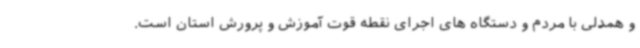
و همدلی با مردم و دستگاه های اجرای نقطه قوت آموزش و پرورش استان است.